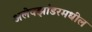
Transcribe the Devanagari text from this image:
अलेक्झांडरमधील